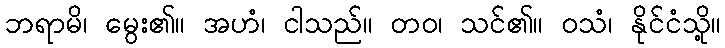
ဘရာမိ၊ မွေး၏။ အဟံ၊ ငါသည်။ တဝ၊ သင်၏။ ဝသံ၊ နိုင်ငံသို့။